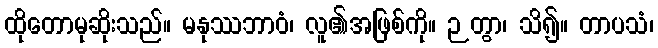
ထိုတောမုဆိုးသည်။ မနုဿဘာဝံ၊ လူ၏အဖြစ်ကို။ ဉတွာ၊ သိ၍။ တာပသံ၊